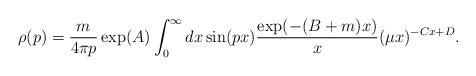
LaTeX: \begin{align*}\rho(p)=\frac{m}{4\pi p}\exp(A)\int_{0}^{\infty}dx\sin(px)\frac{\exp(-(B+m)x)}{x}(\mu x)^{-Cx+D}.\end{align*}